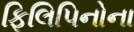
ફિલિપિનોના